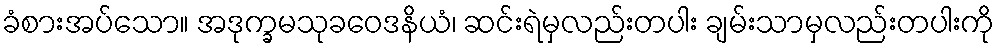
ခံစားအပ်သော။ အဒုက္ခမသုခဝေဒနိယံ၊ ဆင်းရဲမှလည်းတပါး ချမ်းသာမှလည်းတပါးကို